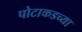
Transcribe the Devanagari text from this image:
पोटाकडच्या